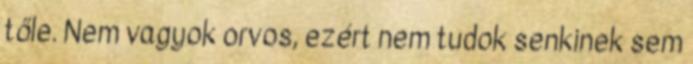
tőle. Nem vagyok orvos, ezért nem tudok senkinek sem